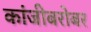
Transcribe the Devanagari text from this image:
कांजीबरोबर